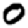
Digit: 0